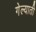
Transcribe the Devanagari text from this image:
गेल्याती